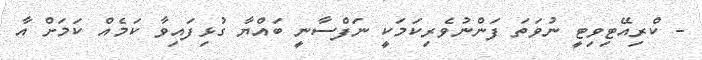
- ކްރިއޭޓިވިޓީ ނުވަތަ ފަންނުވެރިކަމަކީ ނަފްސާނީ ބައްޔާ ގުޅިފައިވާ ކަމެއް ކަމަށް އާ